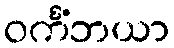
ဝင်္ကံဘယာ